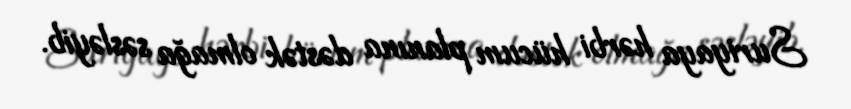
Suriyaya hərbi hücum planına dəstək olmağa səsləyib.